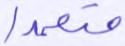
متعمدا